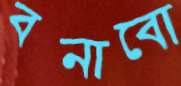
বনাবো